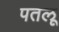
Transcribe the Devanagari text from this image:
पतलू